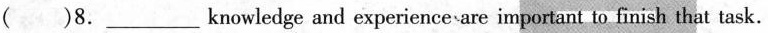
( )8.___knowledge and experience-are important to finish that task.